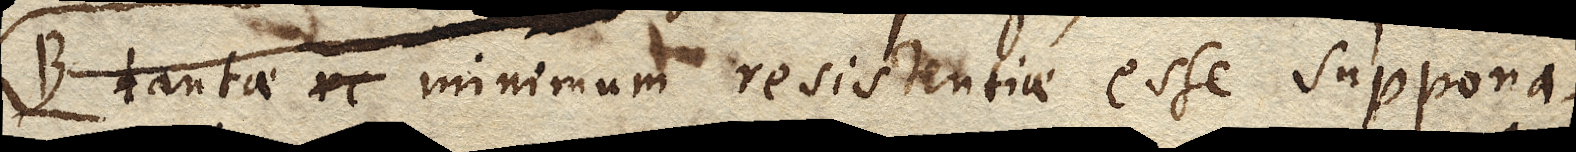
B tantae re minimun resistentiae esse suppona-